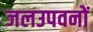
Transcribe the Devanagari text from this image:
जलउपवनों